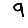
Digit: 9